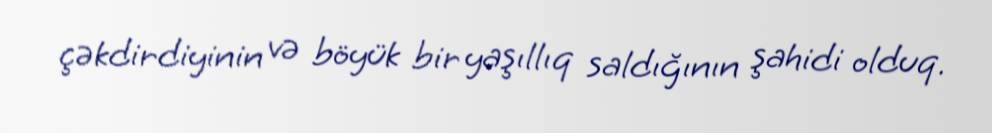
çəkdirdiyinin və böyük bir yaşıllıq saldığının şahidi olduq.